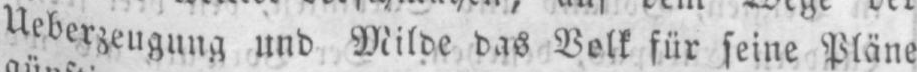
Ueberzeugung und Milde das Volk für seine Pläne